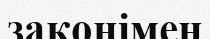
законімен